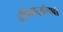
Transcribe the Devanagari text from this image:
अधिकार्‍यांनाही